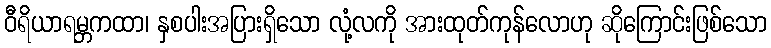
ဝီရိယာရမ္ဘကထာ၊ နှစပါးအပြားရှိသော လုံ့လကို အားထုတ်ကုန်လောဟု ဆိုကြောင်းဖြစ်သော